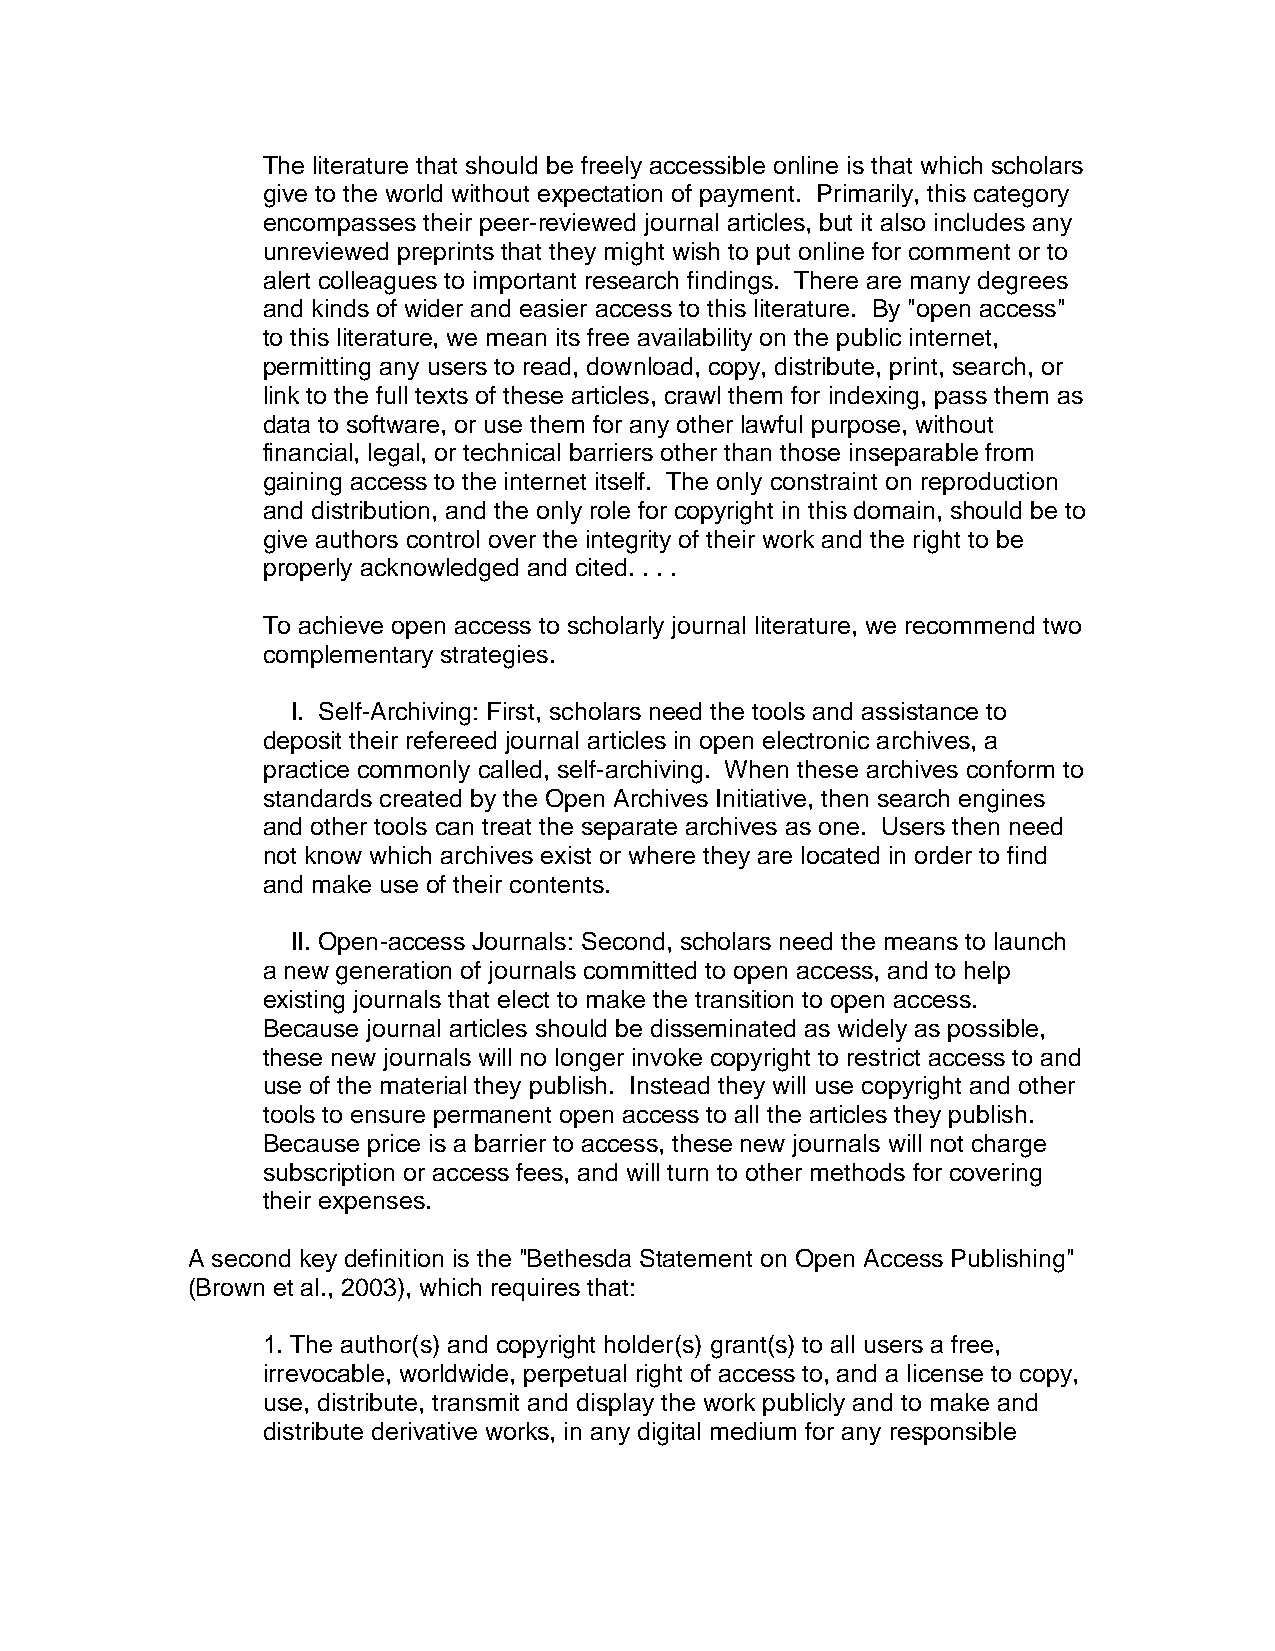
The literature that should be freely accessible online is that which scholars
 give to the world without expectation of payment. Primarily, this category
 encompasses their peer-reviewed journal articles, but it also includes any
 unreviewed preprints that they might wish to put online for comment or to
 alert colleagues to important research findings. There are many degrees
 and kinds of wider and easier access to this literature. By "open access"
 to this literature, we mean its free availability on the public internet,
 permitting any users to read, download, copy, distribute, print, search, or
 link to the full texts of these articles, crawl them for indexing, pass them as
 data to software, or use them for any other lawful purpose, without
 financial, legal, or technical barriers other than those inseparable from
 gaining access to the internet itself. The only constraint on reproduction
 and distribution, and the only role for copyright in this domain, should be to
 give authors control over the integrity of their work and the right to be
 properly acknowledged and cited. . . .
 To achieve open access to scholarly journal literature, we recommend two
 complementary strategies.
 I. Self-Archiving: First, scholars need the tools and assistance to
 deposit their refereed journal articles in open electronic archives, a
 practice commonly called, self-archiving. When these archives conform to
 standards created by the Open Archives Initiative, then search engines
 and other tools can treat the separate archives as one. Users then need
 not know which archives exist or where they are located in order to find
 and make use of their contents.
 II. Open-access Journals: Second, scholars need the means to launch
 a new generation of journals committed to open access, and to help
 existing journals that elect to make the transition to open access.
 Because journal articles should be disseminated as widely as possible,
 these new journals will no longer invoke copyright to restrict access to and
 use of the material they publish. Instead they will use copyright and other
 tools to ensure permanent open access to all the articles they publish.
 Because price is a barrier to access, these new journals will not charge
 subscription or access fees, and will turn to other methods for covering
 their expenses.
 A second key definition is the "Bethesda Statement on Open Access Publishing"
 (Brown et al., 2003), which requires that:
 1. The author(s) and copyright holder(s) grant(s) to all users a free,
 irrevocable, worldwide, perpetual right of access to, and a license to copy,
 use, distribute, transmit and display the work publicly and to make and
 distribute derivative works, in any digital medium for any responsible